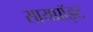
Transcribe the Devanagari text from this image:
सायप्रॉइट